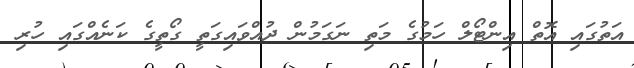
އަތުގައި އޮތް އިންޓޯލް ހަމުގެ މަތި ނަގަމުން ދުއްވައިގަތީ ގޯތީގެ ކަނެއްގައި ހުރި